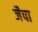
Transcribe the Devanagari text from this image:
जैपा